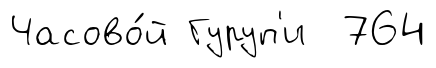
Часово́й Гуруп'и 764